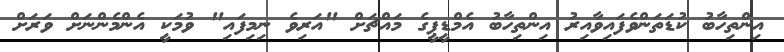
އިންތިހާބު ކުޑަތަންވެފައިވާއިރު އިންތިހާބު އެމްޑީޕީގެ މައްޗަށް "އަރިވެ ނިމިފައި" ވުމަކީ އެންމެންނަށް ވަރަށް